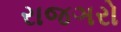
રાજઞરો